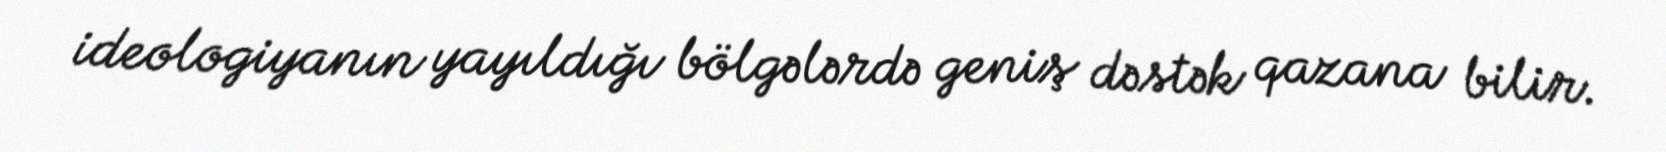
ideologiyanın yayıldığı bölgələrdə geniş dəstək qazana bilir.